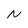
Character: N